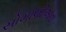
સોમાલીઓના